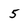
Character: 5